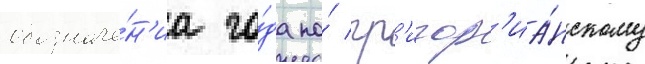
обозначе́н'иа го́да по́ гр'игор'иа́нскому